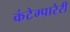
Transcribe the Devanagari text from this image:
कंटेम्पारेरी